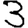
Digit: 3